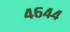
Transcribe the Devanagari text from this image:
४६४४